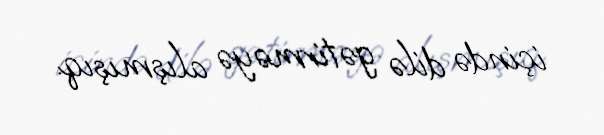
içində dilə gətirməyə alışmışıq.